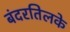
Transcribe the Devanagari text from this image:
बंदरतिलके